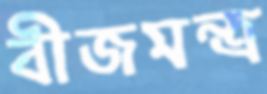
বীজমন্ত্র